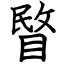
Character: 睯